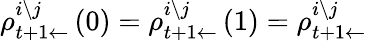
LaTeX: \rho_{t+1\leftarrow}^{i\setminus j}\left(0\right)=\rho_{t+1\leftarrow}^{i\setminus j}\left(1\right)=\rho_{t+1\leftarrow}^{i\setminus j}